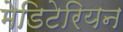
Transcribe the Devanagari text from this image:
मेडिटेरियन